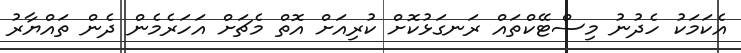
އެކަމަކު ހެދުނު މިސްޓޭކްތައް ރަނގަޅުކޮށް ކުރިއަށް އޮތް މެޗަށް އަހަރެމެން ދެން ތައްޔާރު